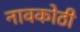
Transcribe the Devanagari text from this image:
नावकोठी